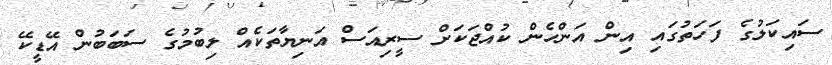
ސައިކަލުގެ ފަހަތުގައި އިން އަންހެން ކުއްޖަކަށް ސީރިއަސް އަނިޔާތަކެއް ލިބުމުގެ ސަބަބުން އޭޑީކޭ